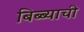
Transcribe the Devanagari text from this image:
बिब्ब्याची